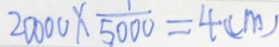
2 0 0 0 0 \times \frac { 1 } { 5 0 0 0 } = 4 ( c m )